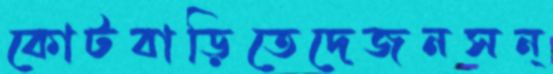
কোটবাড়িতেদেজনসন্